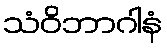
သံဝိဘာဂါနံ